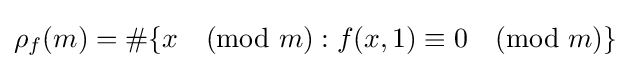
\rho _{f}(m)=\#\{x{\pmod {m}}:f(x,1)\equiv 0{\pmod {m}}\}